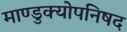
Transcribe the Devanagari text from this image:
माण्डुक्योपनिषद